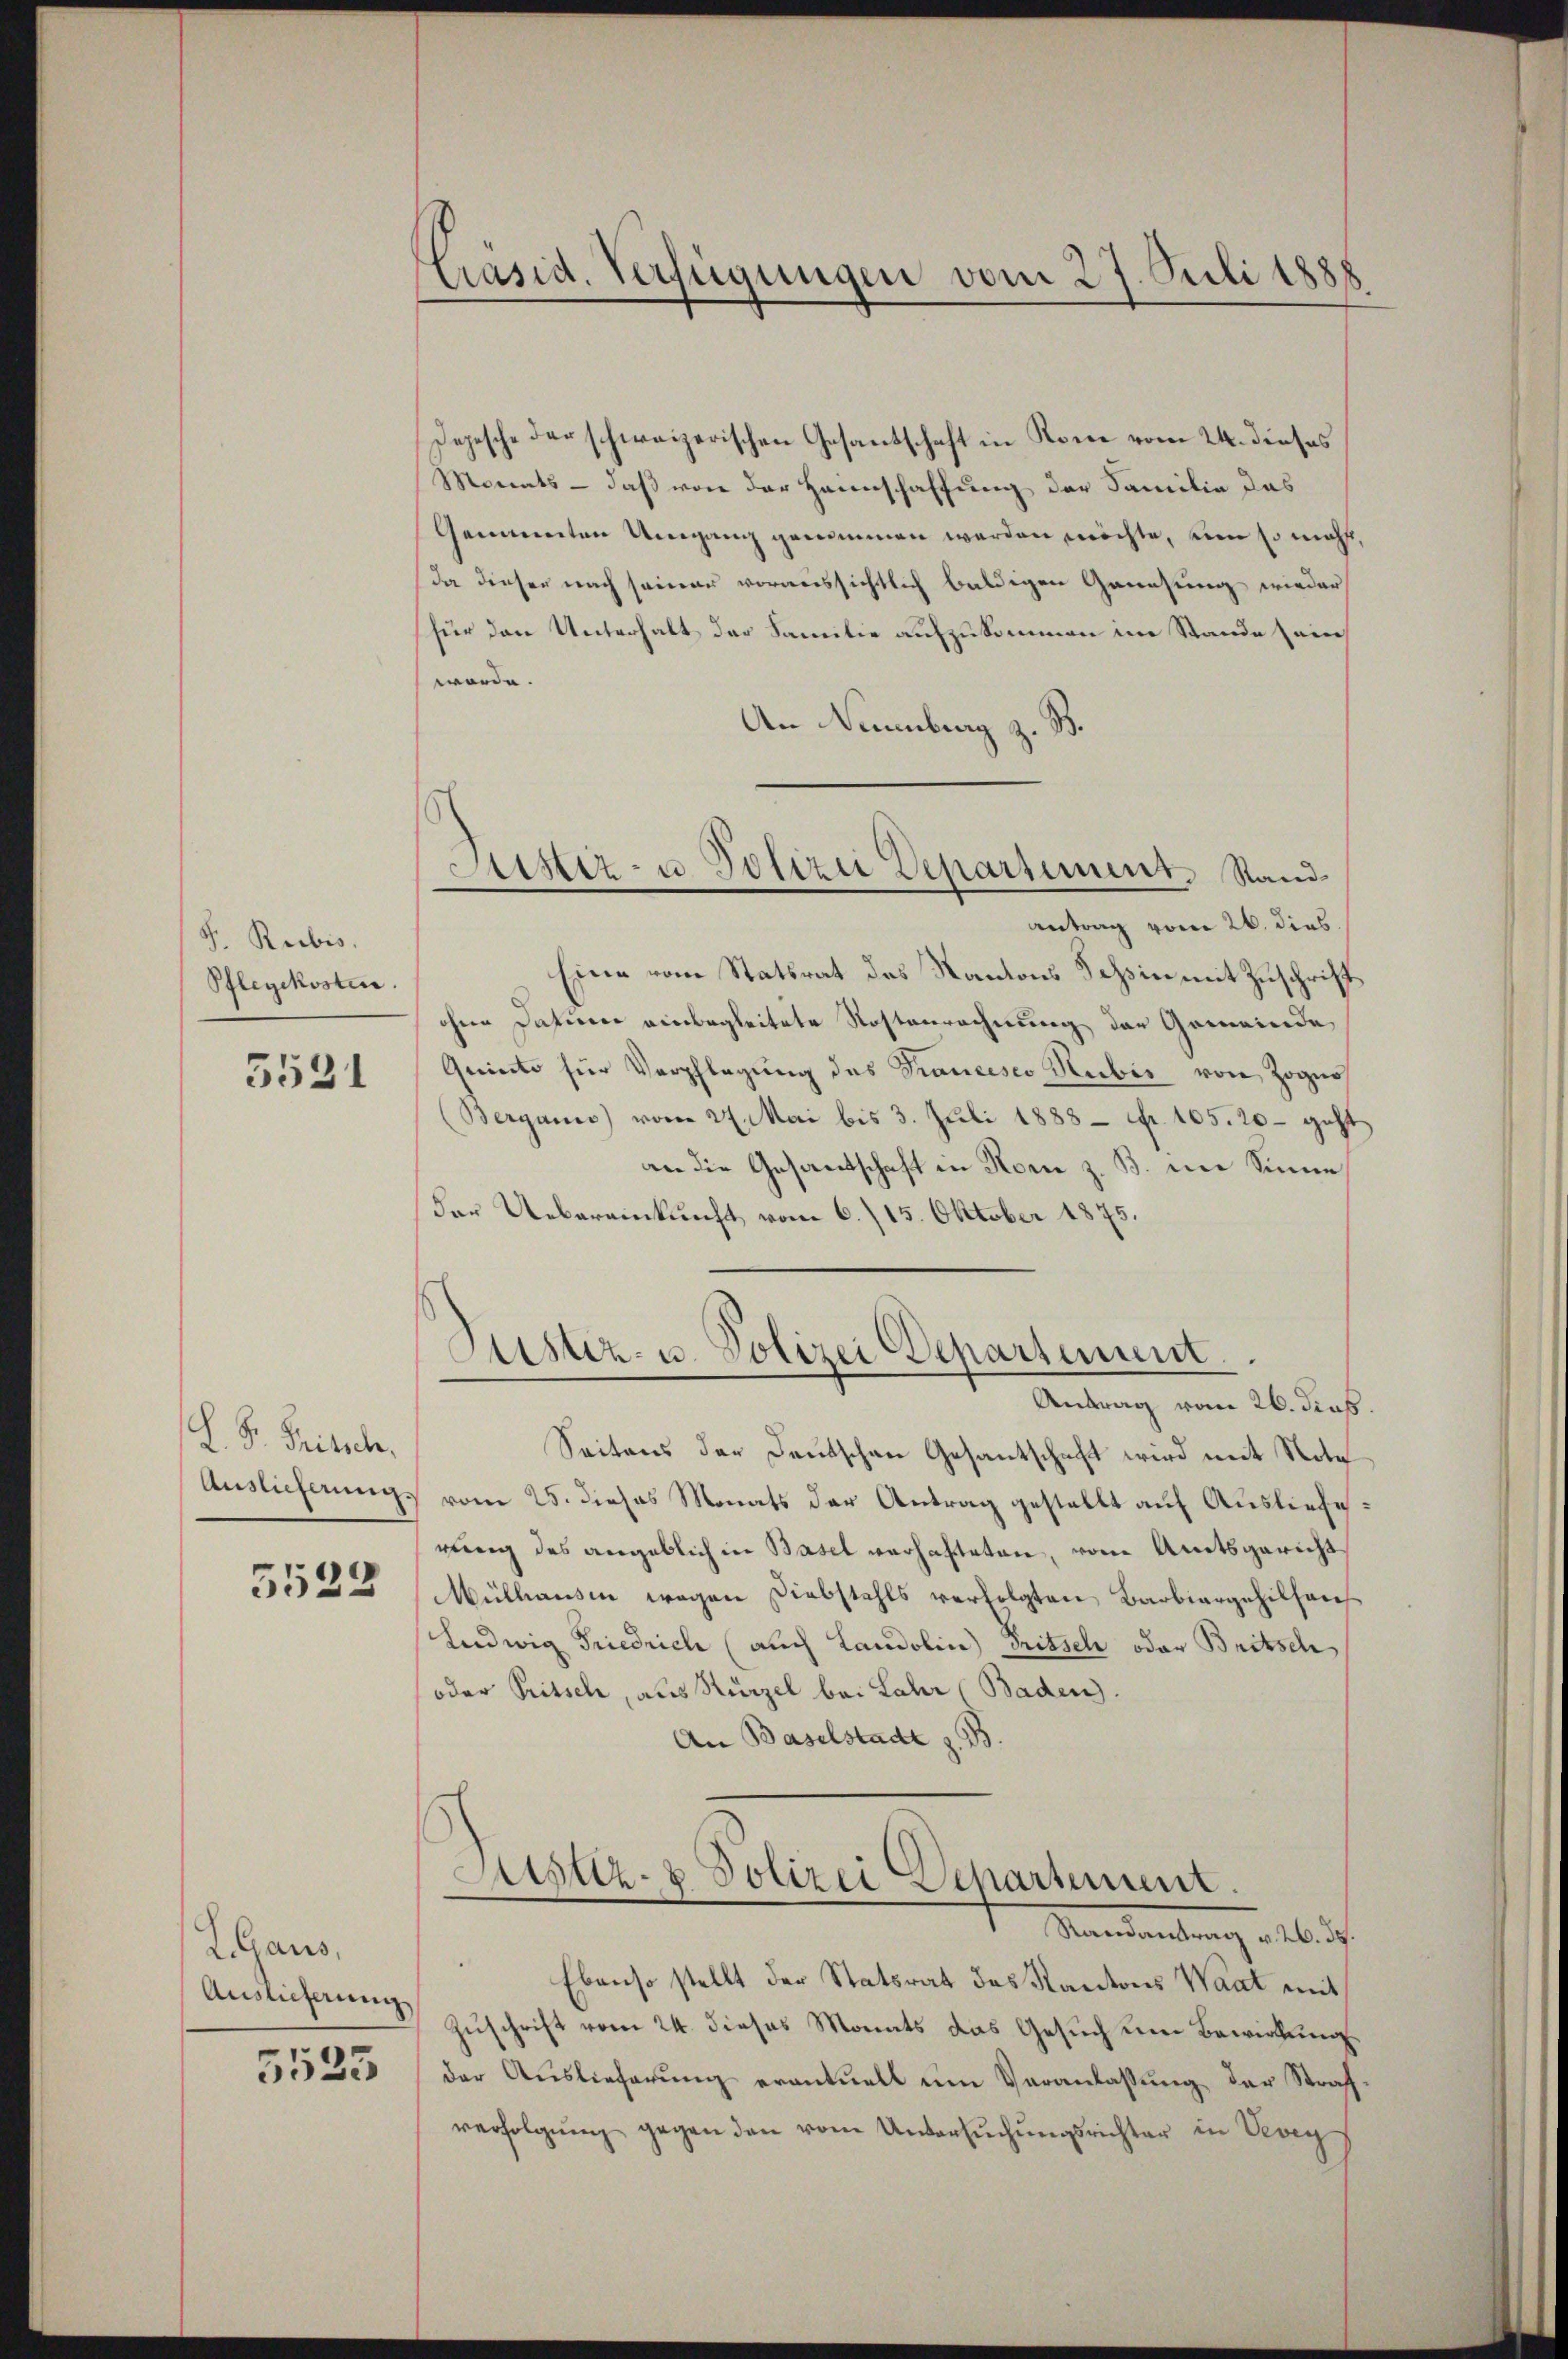
S. Reibis.
Pflegekosten.

5521

L. K. Fritsch.
Auslieferung.

5522

LGaus.
Auslieferung

5525

Präsid. Verfügungen vom 27. Juli 1888

Jepesche der schweizerischen Gesandschaft in Rone vom 24. dieses
Morents - daß von der Heimschaffung der Familie das
Genannten Umgang genommen werden möchte, um so macht,
da dieser nach seiner voraussichtlich baldigen Genesung wieder
(für den Unterhalt der Familie aufzukommen im Stande sein
worde.
An Neuenburg z. B.
antrag vom 26. dies
Eine vom Statsrat des Kantons Tessin mit Zuschrift
ohne Datum einbegleitete Rostenrechnung der Gemeinde
Quincto für Verpflegung des Francesco Huber von Zognos
(Berganis vom 27. Mai bis 3. Juli 1888 Fr. 105. 20 geht
an die Gesantschaft in Rom z. B. im Sinne
der Uebereinkunft vom 6./15. Oktober 1875.
Justiz- u. Polizei Departement.
Antrag vom 26. dieß
Seitens der Deutschen Gesantschaft wird mit Note
vom 25. dieses Monats der Antrag gestellt auf Auslieferung des angeblich in Basel verhafteten, vom Amtsgericht
Mülhausen wegen Diebstahls verfolgten Barbiargehilsaus
Ludwig Friedrich (auch Landolin Tritsch oder Britsch
oder Pritsch, aus Kürzel bei Lahr (Baden).
An Baselstadt z. B
Justiz- & Polizei Departement.
Mandantung als is
Ebenso stellt der Statsrat des Kantons Waat mit
Zuschrift vom 24. dieses Monats das Gesuch eine Bewirkungs
der Auslieferung eventuell um Veranlassung der Strafverfolgŭng gegen den vom Untersŭchŭngsrichter in Vevey

Astiz- u Polizei Departement. Stand